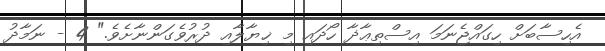
އެހިސާބަށް ހިގައްޖެނަމަ އިސްތިޢާޛާ ހޯދައި މި ޚިޔާލާއި ދުރުވެގަންނާށެވެ." 4 - ނަމާދު